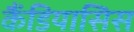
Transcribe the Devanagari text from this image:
कैंडियासिस